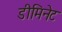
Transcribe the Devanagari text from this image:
डीमिनेट